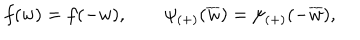
f ( w ) = f ( - w ) , \qquad \psi _ { ( + ) } ( \overline { { { w } } } ) = \psi _ { ( + ) } ( - \overline { { { w } } } ) ,